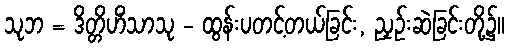
သုဘ = ဒိတ္တိဟိံသာသု - ထွန်းပတင့်တယ်ခြင်း, ညှဉ်းဆဲခြင်းတို့၌။